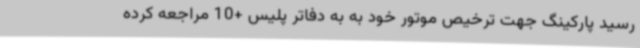
رسید پارکینگ جهت ترخیص موتور خود به به دفاتر پلیس +10 مراجعه کرده